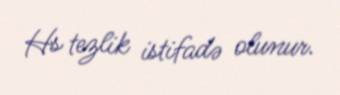
Hs tezlik istifadə olunur.